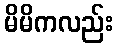
မိမိကလည်း